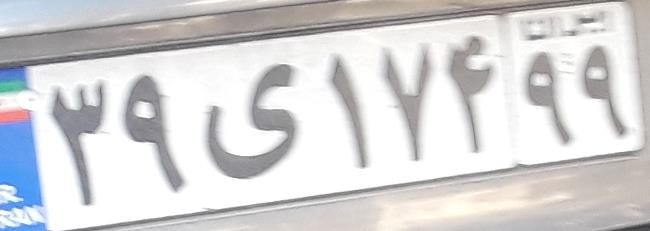
۳۹ی۱۷۴۹۹